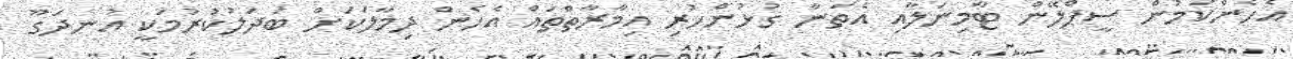
އެހެންކަމުން ސީޕްލޭން ޓާމިނަލާއި އެތަނާ ގުޅުންހުރި އިމާރާތްތައް އެހެން ދިމާލަކަށް ބަދަލުކުރުމަކީ އުނދަގޫ